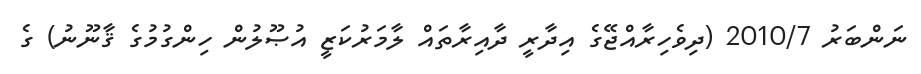
ނަންބަރު 2010/7 (ދިވެހިރާއްޖޭގެ އިދާރީ ދާއިރާތައް ލާމަރުކަޒީ އުޞޫލުން ހިންގުމުގެ ޤާނޫނު) ގެ